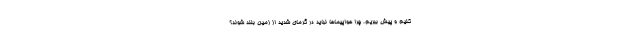
کنیم و پیش ببریم. چرا هواپیماها نباید در گرمای شدید از زمین بلند شوند؟